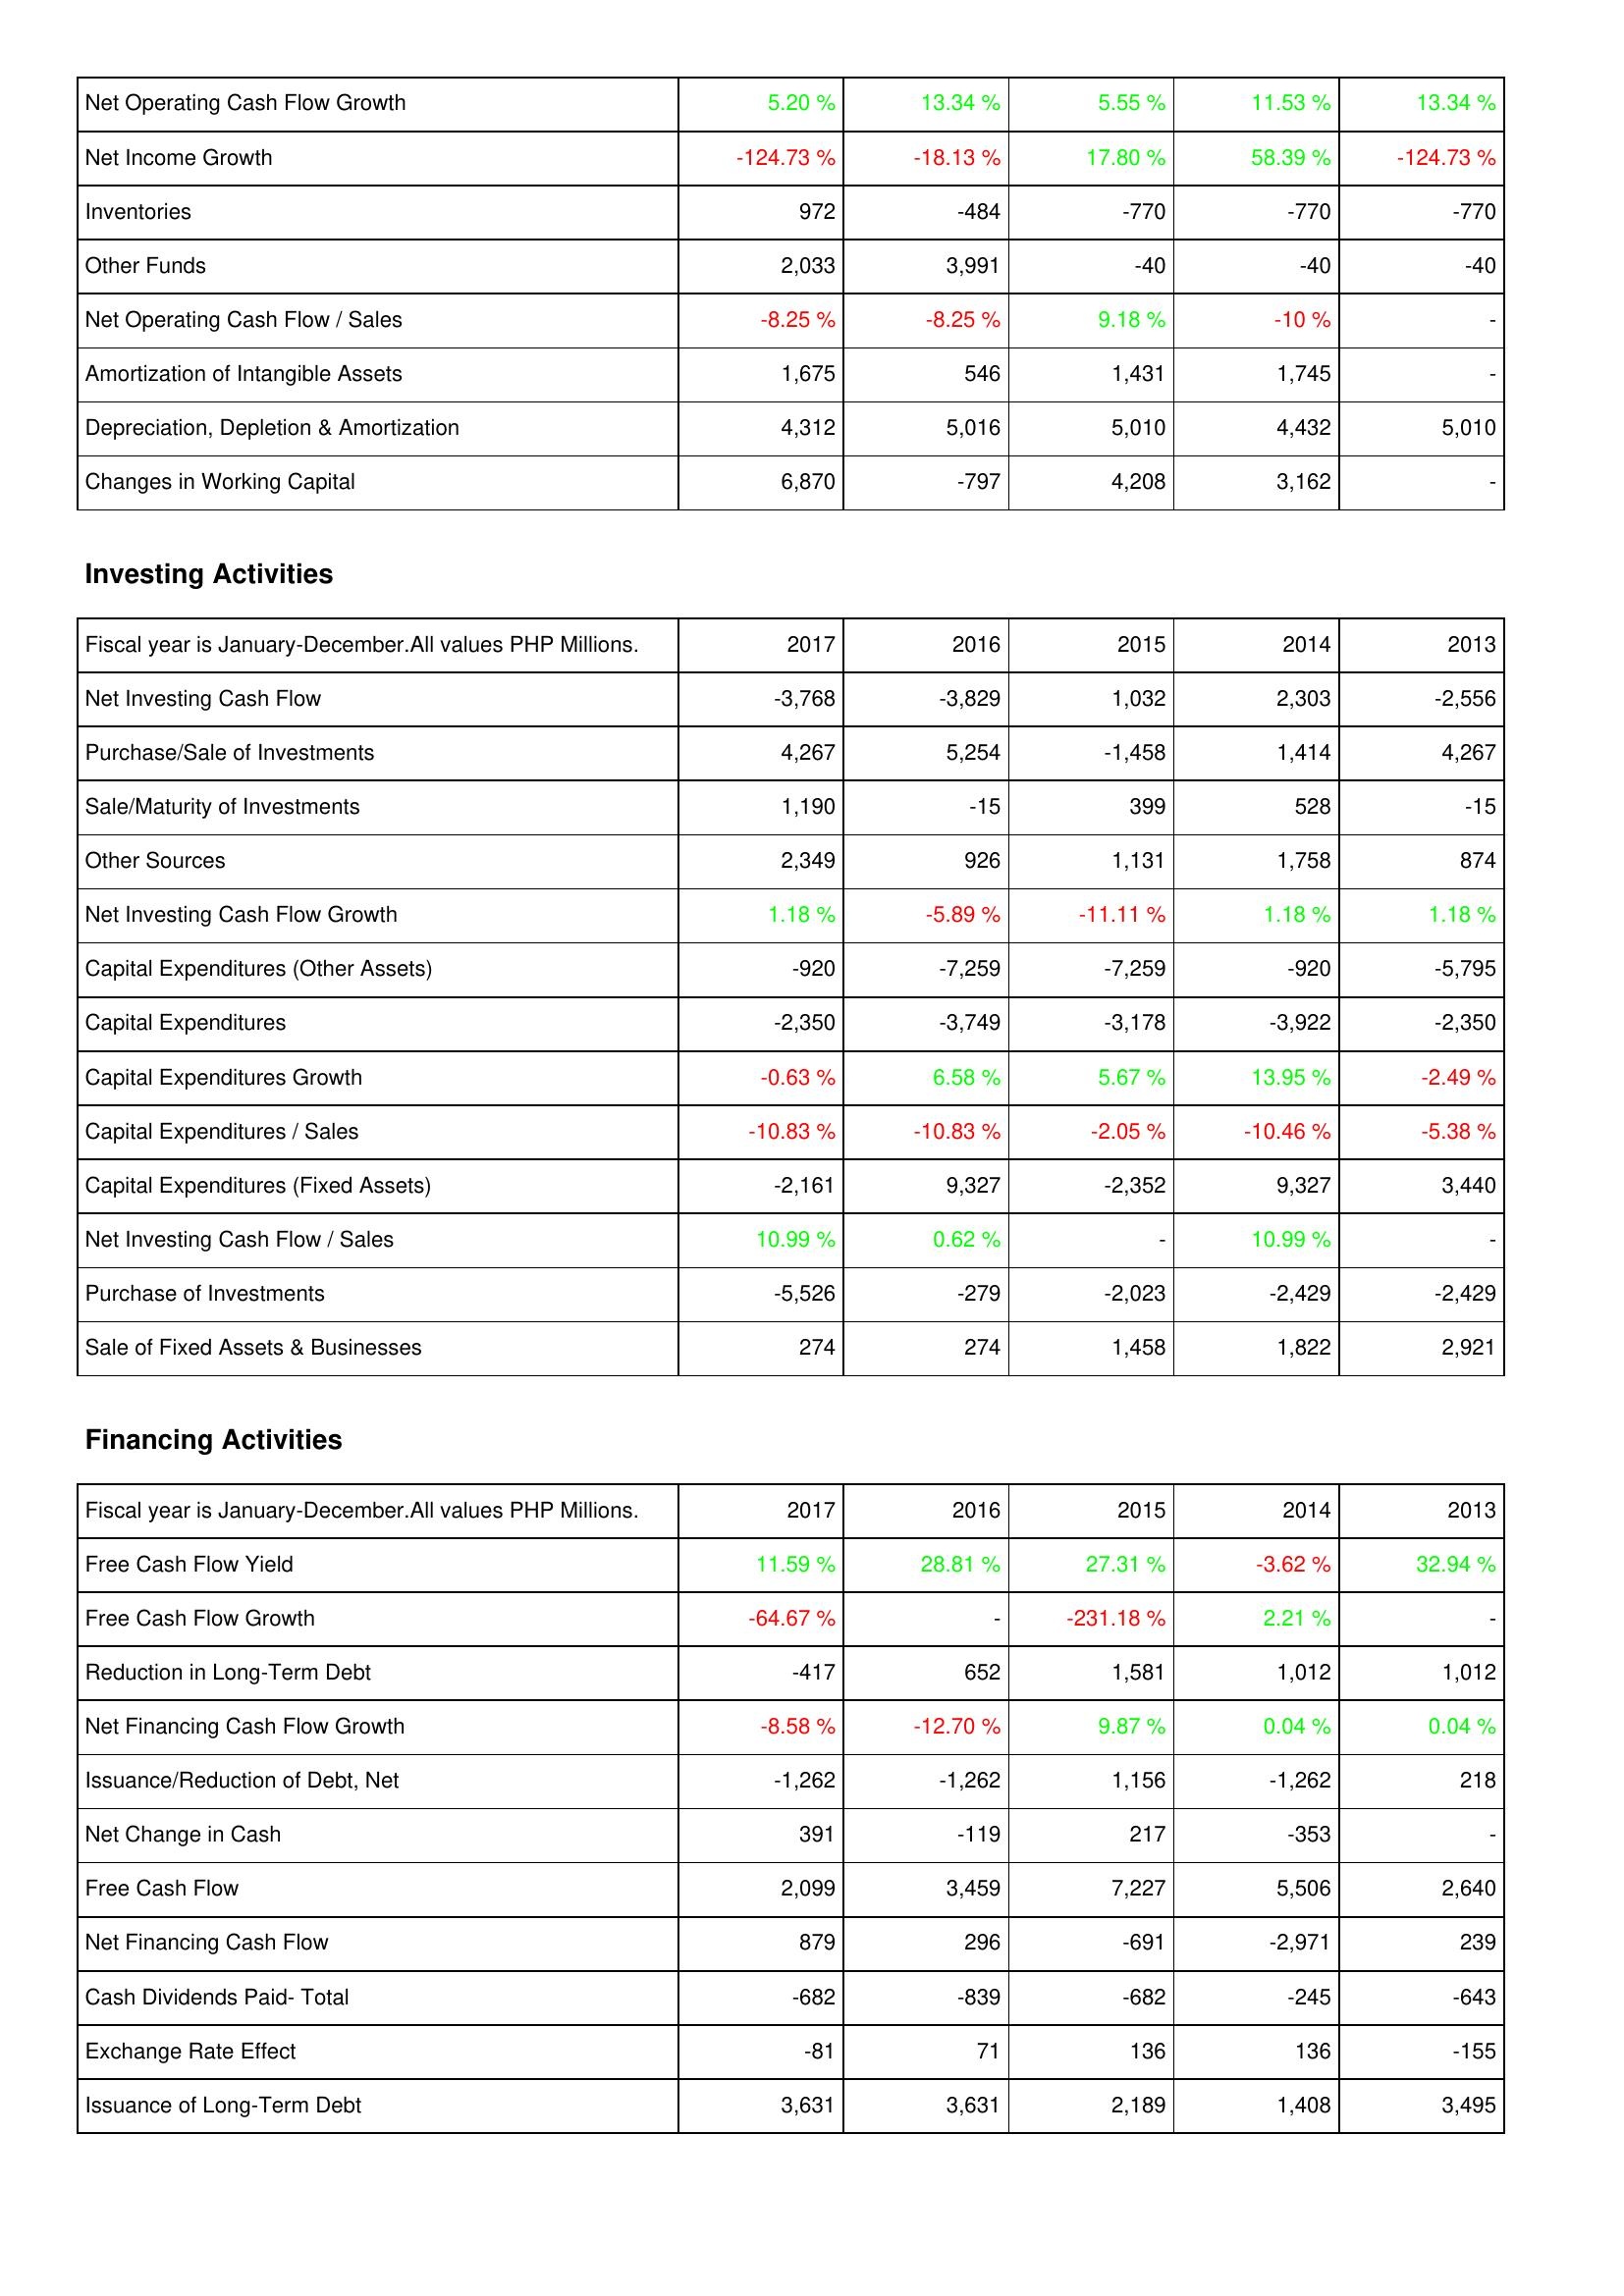
2017: Operating Activities: Net Operating Cash Flow Growth: 5.20 %
Net Income Growth: -124.73 %
Inventories: 972
Other Funds: 2,033
Net Operating Cash Flow / Sales: -8.25 %
Amortization of Intangible Assets: 1,675
Depreciation, Depletion & Amortization: 4,312
Changes in Working Capital: 6,870
Investing Activities: Net Investing Cash Flow: -3,768
Purchase/Sale of Investments: 4,267
Sale/Maturity of Investments: 1,190
Other Sources: 2,349
Net Investing Cash Flow Growth: 1.18 %
Capital Expenditures (Other Assets): -920
Capital Expenditures: -2,350
Capital Expenditures Growth: -0.63 %
Capital Expenditures / Sales: -10.83 %
Capital Expenditures (Fixed Assets): -2,161
Net Investing Cash Flow / Sales: 10.99 %
Purchase of Investments: -5,526
Sale of Fixed Assets & Businesses: 274
Financing Activities: Free Cash Flow Yield: 11.59 %
Free Cash Flow Growth: -64.67 %
Reduction in Long-Term Debt: -417
Net Financing Cash Flow Growth: -8.58 %
Issuance/Reduction of Debt, Net: -1,262
Net Change in Cash: 391
Free Cash Flow: 2,099
Net Financing Cash Flow: 879
Cash Dividends Paid- Total: -682
Exchange Rate Effect: -81
Issuance of Long-Term Debt: 3,631
2016: Operating Activities: Net Operating Cash Flow Growth: 13.34 %
Net Income Growth: -18.13 %
Inventories: -484
Other Funds: 3,991
Net Operating Cash Flow / Sales: -8.25 %
Amortization of Intangible Assets: 546
Depreciation, Depletion & Amortization: 5,016
Changes in Working Capital: -797
Investing Activities: Net Investing Cash Flow: -3,829
Purchase/Sale of Investments: 5,254
Sale/Maturity of Investments: -15
Other Sources: 926
Net Investing Cash Flow Growth: -5.89 %
Capital Expenditures (Other Assets): -7,259
Capital Expenditures: -3,749
Capital Expenditures Growth: 6.58 %
Capital Expenditures / Sales: -10.83 %
Capital Expenditures (Fixed Assets): 9,327
Net Investing Cash Flow / Sales: 0.62 %
Purchase of Investments: -279
Sale of Fixed Assets & Businesses: 274
Financing Activities: Free Cash Flow Yield: 28.81 %
Free Cash Flow Growth: -
Reduction in Long-Term Debt: 652
Net Financing Cash Flow Growth: -12.70 %
Issuance/Reduction of Debt, Net: -1,262
Net Change in Cash: -119
Free Cash Flow: 3,459
Net Financing Cash Flow: 296
Cash Dividends Paid- Total: -839
Exchange Rate Effect: 71
Issuance of Long-Term Debt: 3,631
2015: Operating Activities: Net Operating Cash Flow Growth: 5.55 %
Net Income Growth: 17.80 %
Inventories: -770
Other Funds: -40
Net Operating Cash Flow / Sales: 9.18 %
Amortization of Intangible Assets: 1,431
Depreciation, Depletion & Amortization: 5,010
Changes in Working Capital: 4,208
Investing Activities: Net Investing Cash Flow: 1,032
Purchase/Sale of Investments: -1,458
Sale/Maturity of Investments: 399
Other Sources: 1,131
Net Investing Cash Flow Growth: -11.11 %
Capital Expenditures (Other Assets): -7,259
Capital Expenditures: -3,178
Capital Expenditures Growth: 5.67 %
Capital Expenditures / Sales: -2.05 %
Capital Expenditures (Fixed Assets): -2,352
Net Investing Cash Flow / Sales: -
Purchase of Investments: -2,023
Sale of Fixed Assets & Businesses: 1,458
Financing Activities: Free Cash Flow Yield: 27.31 %
Free Cash Flow Growth: -231.18 %
Reduction in Long-Term Debt: 1,581
Net Financing Cash Flow Growth: 9.87 %
Issuance/Reduction of Debt, Net: 1,156
Net Change in Cash: 217
Free Cash Flow: 7,227
Net Financing Cash Flow: -691
Cash Dividends Paid- Total: -682
Exchange Rate Effect: 136
Issuance of Long-Term Debt: 2,189
2014: Operating Activities: Net Operating Cash Flow Growth: 11.53 %
Net Income Growth: 58.39 %
Inventories: -770
Other Funds: -40
Net Operating Cash Flow / Sales: -10 %
Amortization of Intangible Assets: 1,745
Depreciation, Depletion & Amortization: 4,432
Changes in Working Capital: 3,162
Investing Activities: Net Investing Cash Flow: 2,303
Purchase/Sale of Investments: 1,414
Sale/Maturity of Investments: 528
Other Sources: 1,758
Net Investing Cash Flow Growth: 1.18 %
Capital Expenditures (Other Assets): -920
Capital Expenditures: -3,922
Capital Expenditures Growth: 13.95 %
Capital Expenditures / Sales: -10.46 %
Capital Expenditures (Fixed Assets): 9,327
Net Investing Cash Flow / Sales: 10.99 %
Purchase of Investments: -2,429
Sale of Fixed Assets & Businesses: 1,822
Financing Activities: Free Cash Flow Yield: -3.62 %
Free Cash Flow Growth: 2.21 %
Reduction in Long-Term Debt: 1,012
Net Financing Cash Flow Growth: 0.04 %
Issuance/Reduction of Debt, Net: -1,262
Net Change in Cash: -353
Free Cash Flow: 5,506
Net Financing Cash Flow: -2,971
Cash Dividends Paid- Total: -245
Exchange Rate Effect: 136
Issuance of Long-Term Debt: 1,408
2013: Operating Activities: Net Operating Cash Flow Growth: 13.34 %
Net Income Growth: -124.73 %
Inventories: -770
Other Funds: -40
Net Operating Cash Flow / Sales: -
Amortization of Intangible Assets: -
Depreciation, Depletion & Amortization: 5,010
Changes in Working Capital: -
Investing Activities: Net Investing Cash Flow: -2,556
Purchase/Sale of Investments: 4,267
Sale/Maturity of Investments: -15
Other Sources: 874
Net Investing Cash Flow Growth: 1.18 %
Capital Expenditures (Other Assets): -5,795
Capital Expenditures: -2,350
Capital Expenditures Growth: -2.49 %
Capital Expenditures / Sales: -5.38 %
Capital Expenditures (Fixed Assets): 3,440
Net Investing Cash Flow / Sales: -
Purchase of Investments: -2,429
Sale of Fixed Assets & Businesses: 2,921
Financing Activities: Free Cash Flow Yield: 32.94 %
Free Cash Flow Growth: -
Reduction in Long-Term Debt: 1,012
Net Financing Cash Flow Growth: 0.04 %
Issuance/Reduction of Debt, Net: 218
Net Change in Cash: -
Free Cash Flow: 2,640
Net Financing Cash Flow: 239
Cash Dividends Paid- Total: -643
Exchange Rate Effect: -155
Issuance of Long-Term Debt: 3,495